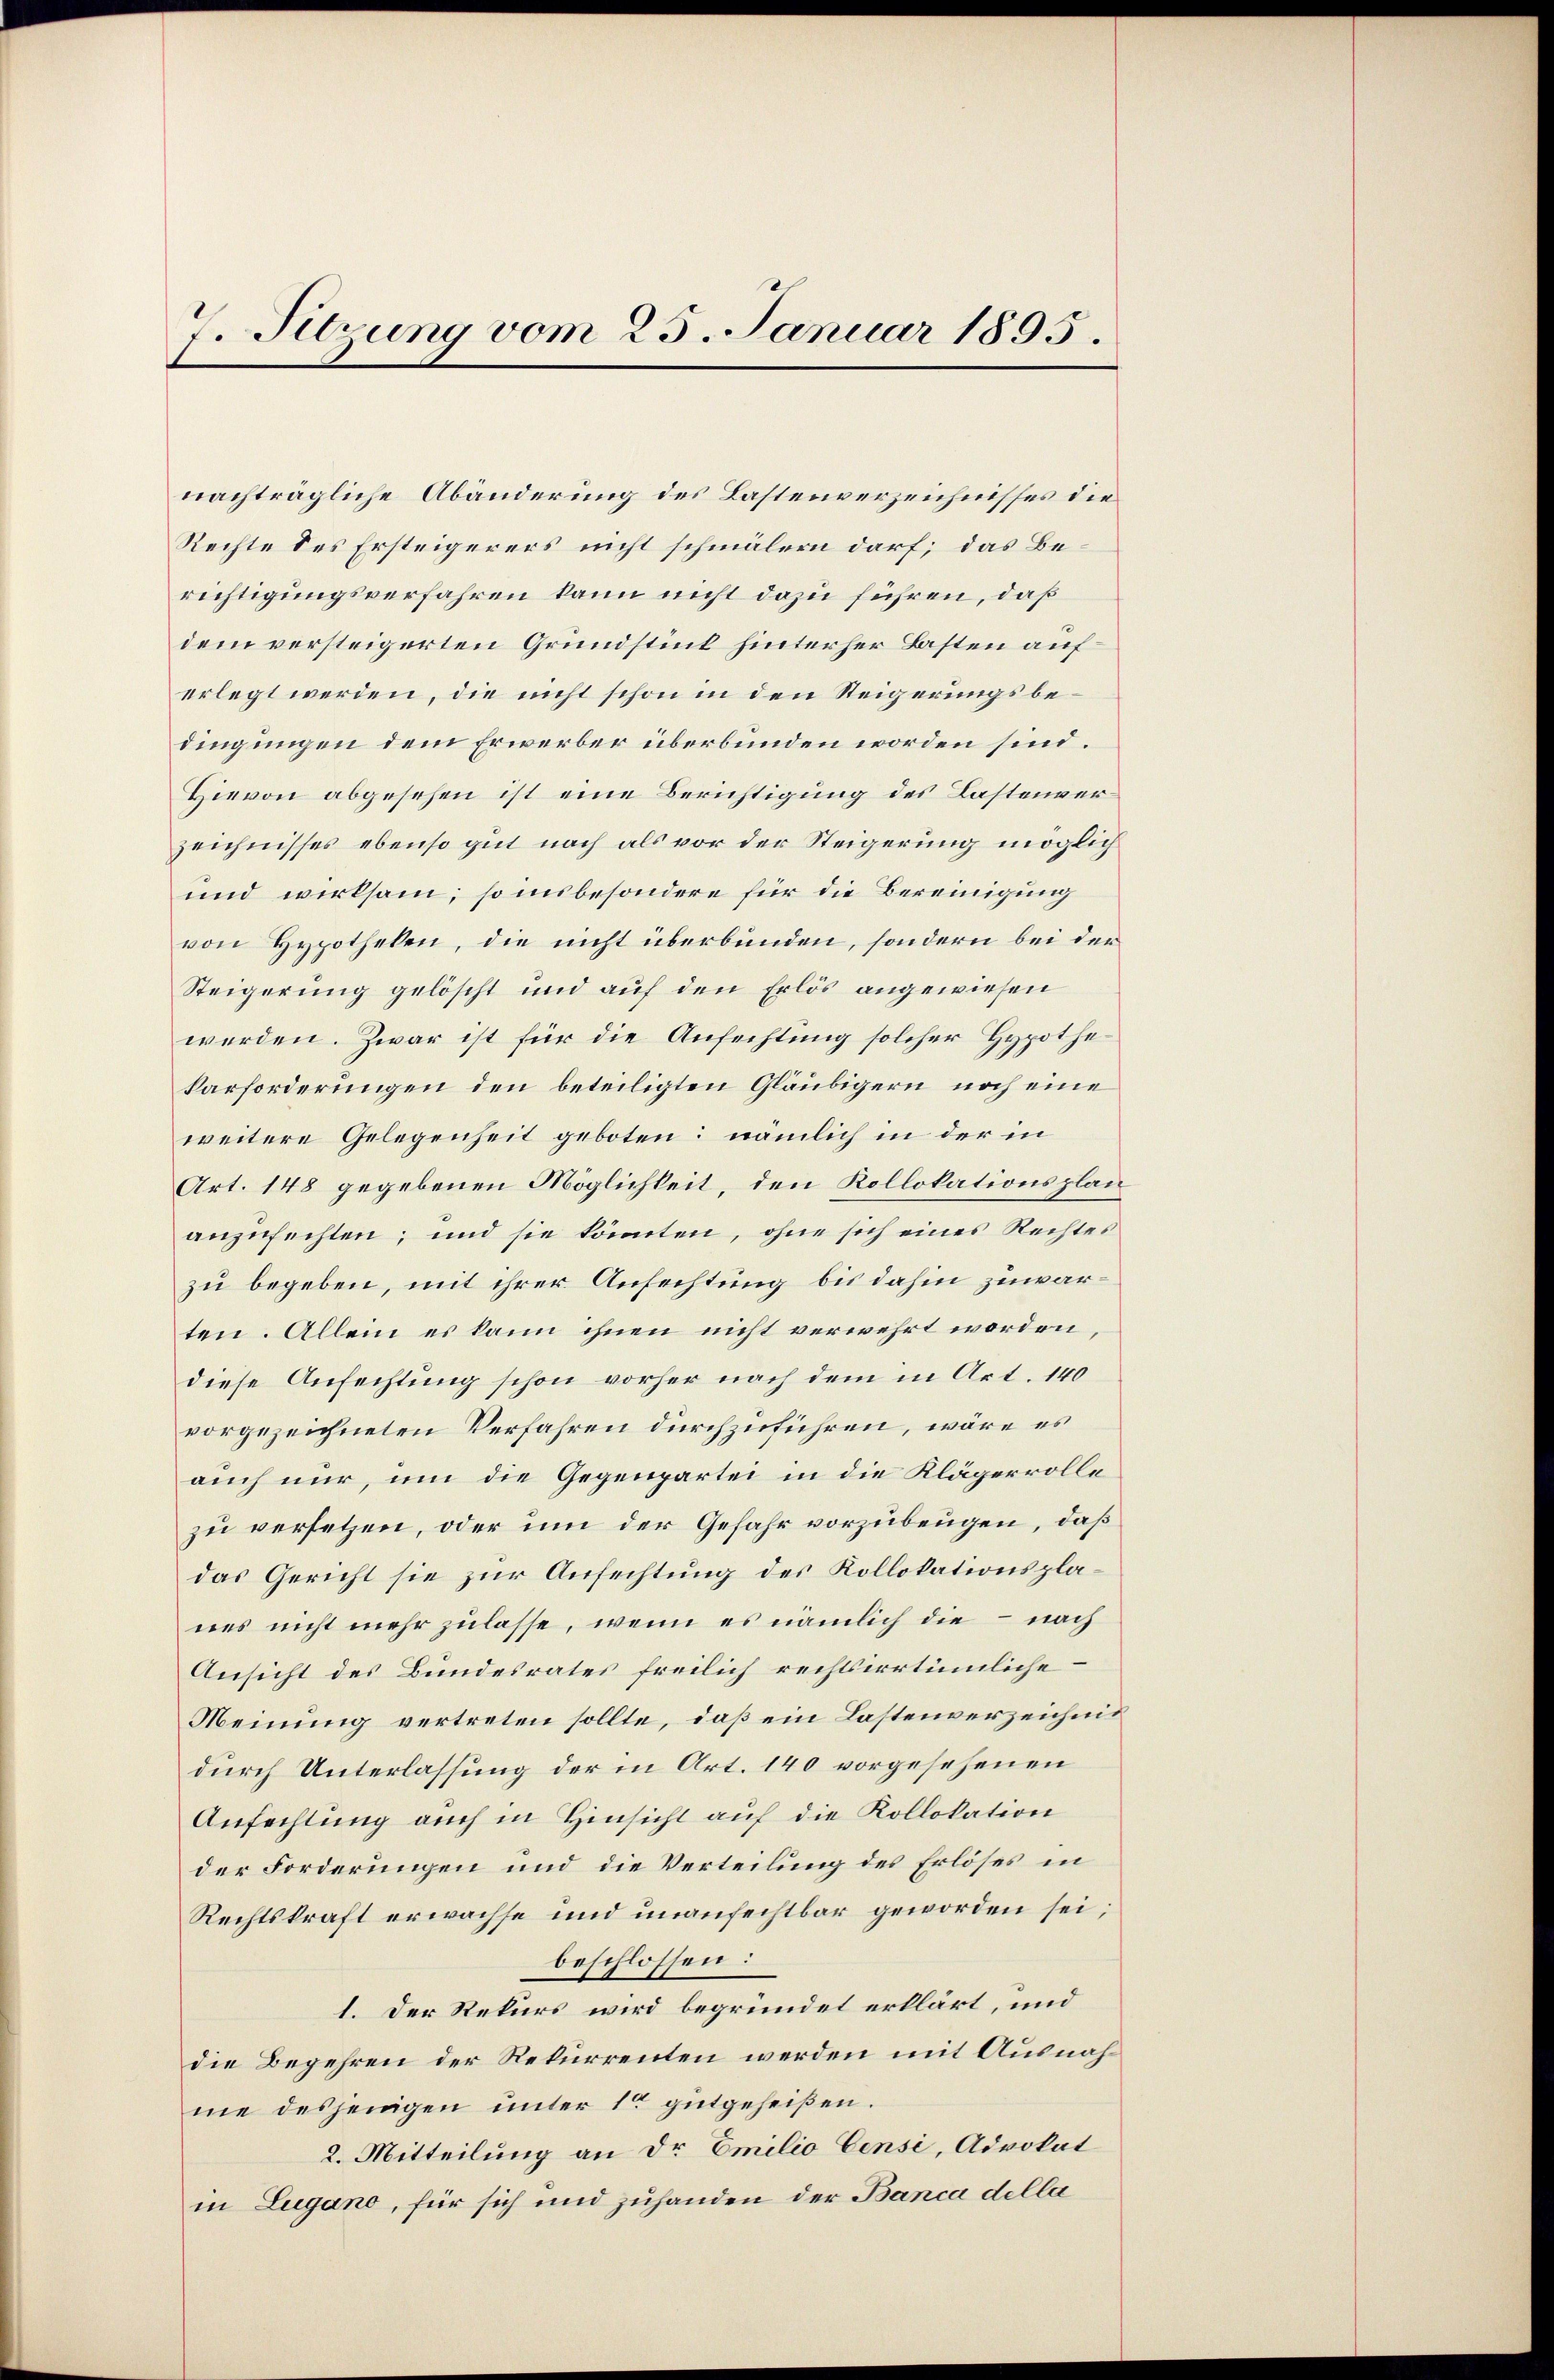
7. Sitzung vom 25. Januar 1895.

nachträgliche Abänderung des Lastenverzeichnisses die
Rechte des Ersteigerers nicht schmälern darf; das Berichtigungsverfahren kann nicht dazu führen, daß
dem versteigerten Grundstück hinterher Lasten auferlegt werden, die nicht schon in den Steigerungsbedingungen dem Erwerber überbunden worden sind.
Hievon abgesehen ist eine Berichtigung des Lastenverzeichnisses ebenso gut nach als vor der Steigerung möglich
und wirksam, so insbesondere für die Bereinigung
von Hypotheken, die nicht überbunden, sondern bei der
Steigerung gelöscht und auf den Erlös angewiesen
werden. Zwar ist für die Anfechtung solcher Hypothekarforderungen den beteiligten Gläubigern noch eine
weitere Gelegenheit geboten; nämlich in der in
Art. 148 gegebenen Möglichkeit, den Kollokationsplan
anzufechten; und sie könnten, ohne sich eines Rechtes
zu begeben, mit ihrer Anfechtung bis dahin zuwarten. Allein es kann ihnen nicht verwehrt worden,
diese Anfechtung schon vorher nach dem in Art. 140
vorgezeichneten Verfahren durchzuführen, wäre es
auch nur, um die Gegenpartei in die Klägerrolle
zu versetzen, oder um der Gefahr vorzubeugen, daß
das Gericht sie zur Anfechtung des Kollokationsplanes nicht mehr zulasse, wenn es nämlich die – nach
Ansicht des Bundesrates freilich rechtsirrtümliche
Meinung vertreten sollte, daß ein Lastenverzeichnis
durch Unterlassung der in Art. 140 vorgesehenen
Anfechtung auch in Hinsicht auf die Kollokation
der Forderungen und die Verteilung des Erlöses in
Rechtskraft erwachse und unanfechtbar geworden sei;
beschlossen:
1. Der Rekurs wird begründet erklärt, und
die Begehren der Rekurrenten werden mit Ausnahme desjenigen unter 10 gutgeheißen.
2. Mitteilung an Dr Emilio Censi, Advokat
in Lugano, für sich und zuhanden der Banca della